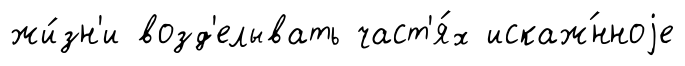
жи́зн'и возд'елывать част'я́х искаж́нноjе